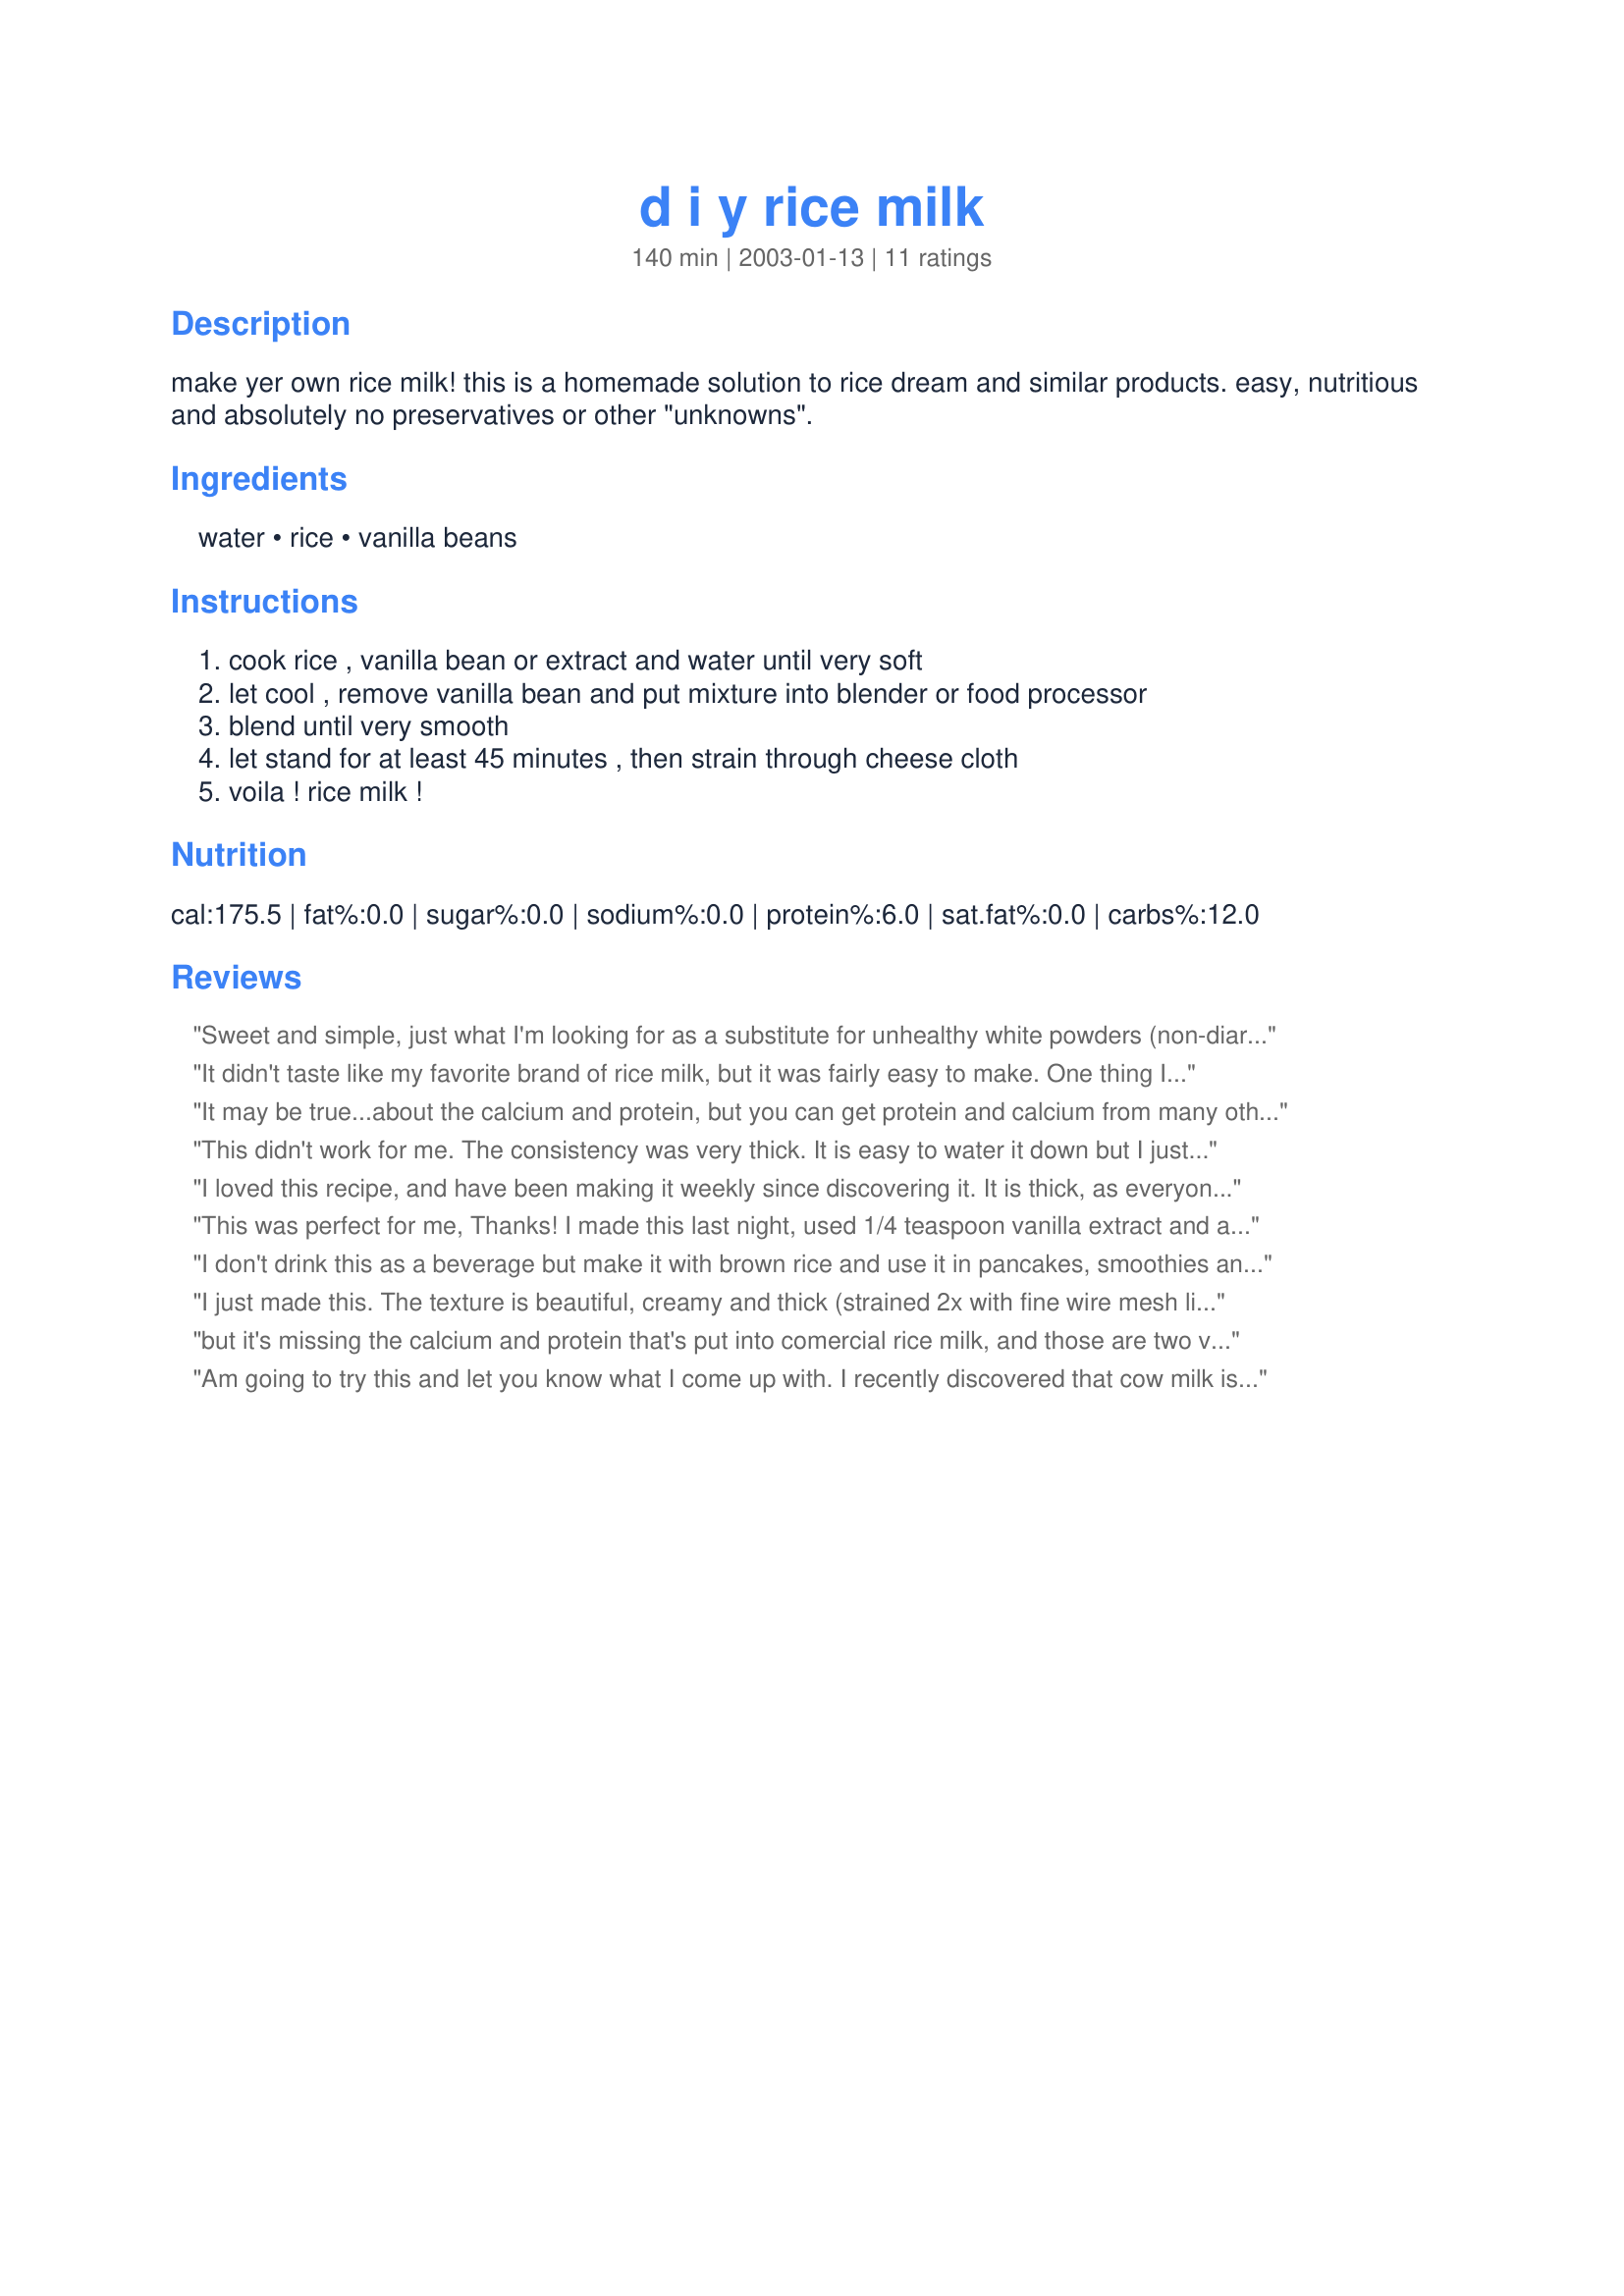
d i y rice milk
Preparation time: 140 minutes

make yer own rice milk! this is a homemade solution to rice dream and similar products. easy, nutritious and absolutely no preservatives or other "unknowns".

Ingredients:
water, rice, vanilla beans

Steps:
cook rice , vanilla bean or extract and water until very soft, let cool , remove vanilla bean and put mixture into blender or food processor, blend until very smooth, let stand for at least 45 minutes , then strain through cheese cloth, voila ! rice milk !

Reviews:
Sweet and simple, just what I'm looking for as a substitute for unhealthy white powders (non-diary creamer)
It didn't taste like my favorite brand of rice milk, but it was fairly easy to make. One thing I really appreciated was being able to adjust the consistancy myself. Commercial rice milk is too watery. With this recipe, I was able to make the rice milk more like the thickness of real milk. (Initially it was very thick--like a can of condensed milk.) I added some sugar to make it taste more like the brand I'm used to. My son seems to like it.
It may be true...about the calcium and protein, but you can get protein and calcium from many other foods. When you have a child who is allergic to dairy AND to soy, rice milk products are a day saver! IE: My son can still have "hot chocolate" with his friends after sledding in the winter!
This didn't work for me. The consistency was very thick. It is easy to water it down but I just didn't care for the taste, it was slightly bitter. If I tried this again, I would reduce the amount of rice I used and also add sweetener like another reviewer mentioned...
I loved this recipe, and have been making it weekly since discovering it. It is thick, as everyone has pointed out; but it's easily thinned to whatever your specifications are, and very filling. It's delicious with my cereal and costs as much as a 1/2 cup of rice, so I'm sold.
This was perfect for me, Thanks! I made this last night, used 1/4 teaspoon vanilla extract and added 1 Tablespoon agave nectar for sweetness. I made a Chocolate-Maca smoothie today for lunch substituting the rice milk for my usual 2% cows milk and it was excellent! (not to mention almost no fat). I think this would make an awesome base for Horchata as well. As some other reviewers had mentioned, it is thick. If you are going to use this for conventional milk purposes, cereal etc, you may have to water down a little.
I don't drink this as a beverage but make it with brown rice and use it in pancakes, smoothies and baked goods. My son is Lactose intolerant and I make a batch almost every week.
I just made this. The texture is beautiful, creamy and thick (strained 2x with fine wire mesh lined with cheese cloth). The flavor was bland (0 fat in it), but that's so easy to adjust. Great for a non-dairy Hot Chocolate or Chai.
but it's missing the calcium and protein that's put into comercial rice milk, and those are two very important nutrients.
Am going to try this and let you know what I come up with. I recently discovered that cow milk is a big no no for me. I hope this will make for a good substitute. As far as calcium is concerned -- you get better absorbtion from whole fruits and nuts than you do cow milk.
I made this yesterday for the kiddies, and neither of them liked it at all... I was really disappointed, because I was hoping to get them drinking something I could make at home. Part of it may have been my own fault, as I added vanilla rice protein powder and buzzed it in the blender again after straining it. I also had to add quite a bit of water to get this thin enough to drink... And I added sweetener (splenda) to try to get them to drink it. I ended up making a batch of peanut butter banana smoothies with it, which my 4 yo wouldn't drink (he LOVES pb smoothies) but at least the 14 mo drank some of this. I tried it several times during this whole process, before adding water, before and after protein powder, and I didn't care for it either. Sorry for the bad review, but I won't be making this again.
